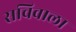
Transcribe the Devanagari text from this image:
सचिवाला